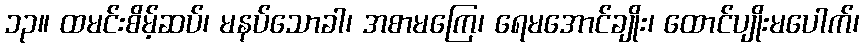
၁၃။ ထမင်းစိမ့်ဆပ်၊ မနပ်သောခါ၊ အစာမကြေ၊ ရေမအောင်ချိုး၊ ထောင်ပျိုးမပေါက်၊